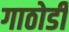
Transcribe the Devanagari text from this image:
गाठोडीं